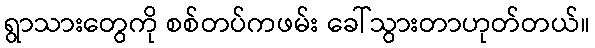
ရွာသားတွေကို စစ်တပ်ကဖမ်း ခေါ်သွားတာဟုတ်တယ်။